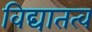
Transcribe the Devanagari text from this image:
विद्यातत्व